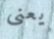
يعنى